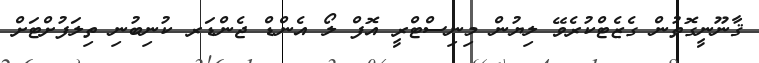
ޤާނޫނީގޮތުން ގެޒެޓްކުރެވޭ ލިޔުން މިނިސްޓްރީ އޮފް ލޯ އެންޑް ޖެންޑަރ ކުނިބުނި ތިލަފުށްޓަށް